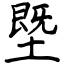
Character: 塈